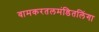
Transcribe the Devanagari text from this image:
वामकरतलमंडितलिंगा